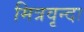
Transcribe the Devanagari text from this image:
मित्रवृन्दा